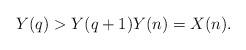
LaTeX: \begin{align*}Y(q) > Y(q+1) Y(n) = X(n).\end{align*}